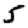
Digit: 5